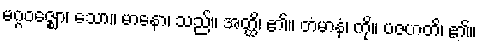
မဂ္ဂဝဇ္ဈော၊ သော။ မာနော၊ သည်။ အတ္ထိ၊ ၏။ တံမာနံ၊ ကို။ ပဇဟတိ၊ ၏။